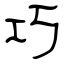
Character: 巧